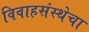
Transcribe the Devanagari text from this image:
विवाहसंस्थेचा